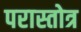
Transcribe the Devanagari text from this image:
परास्तोत्र